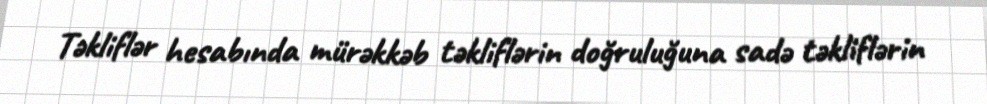
Təkliflər hesabında mürəkkəb təkliflərin doğruluğuna sadə təkliflərin